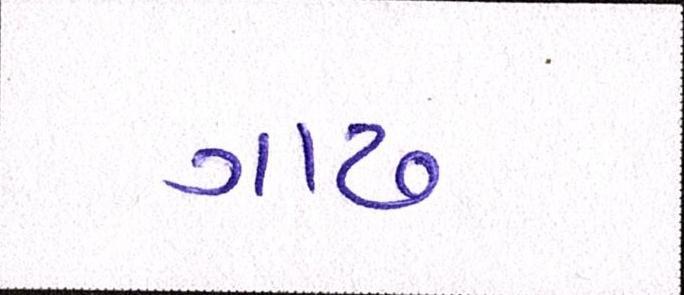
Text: ગાઢ